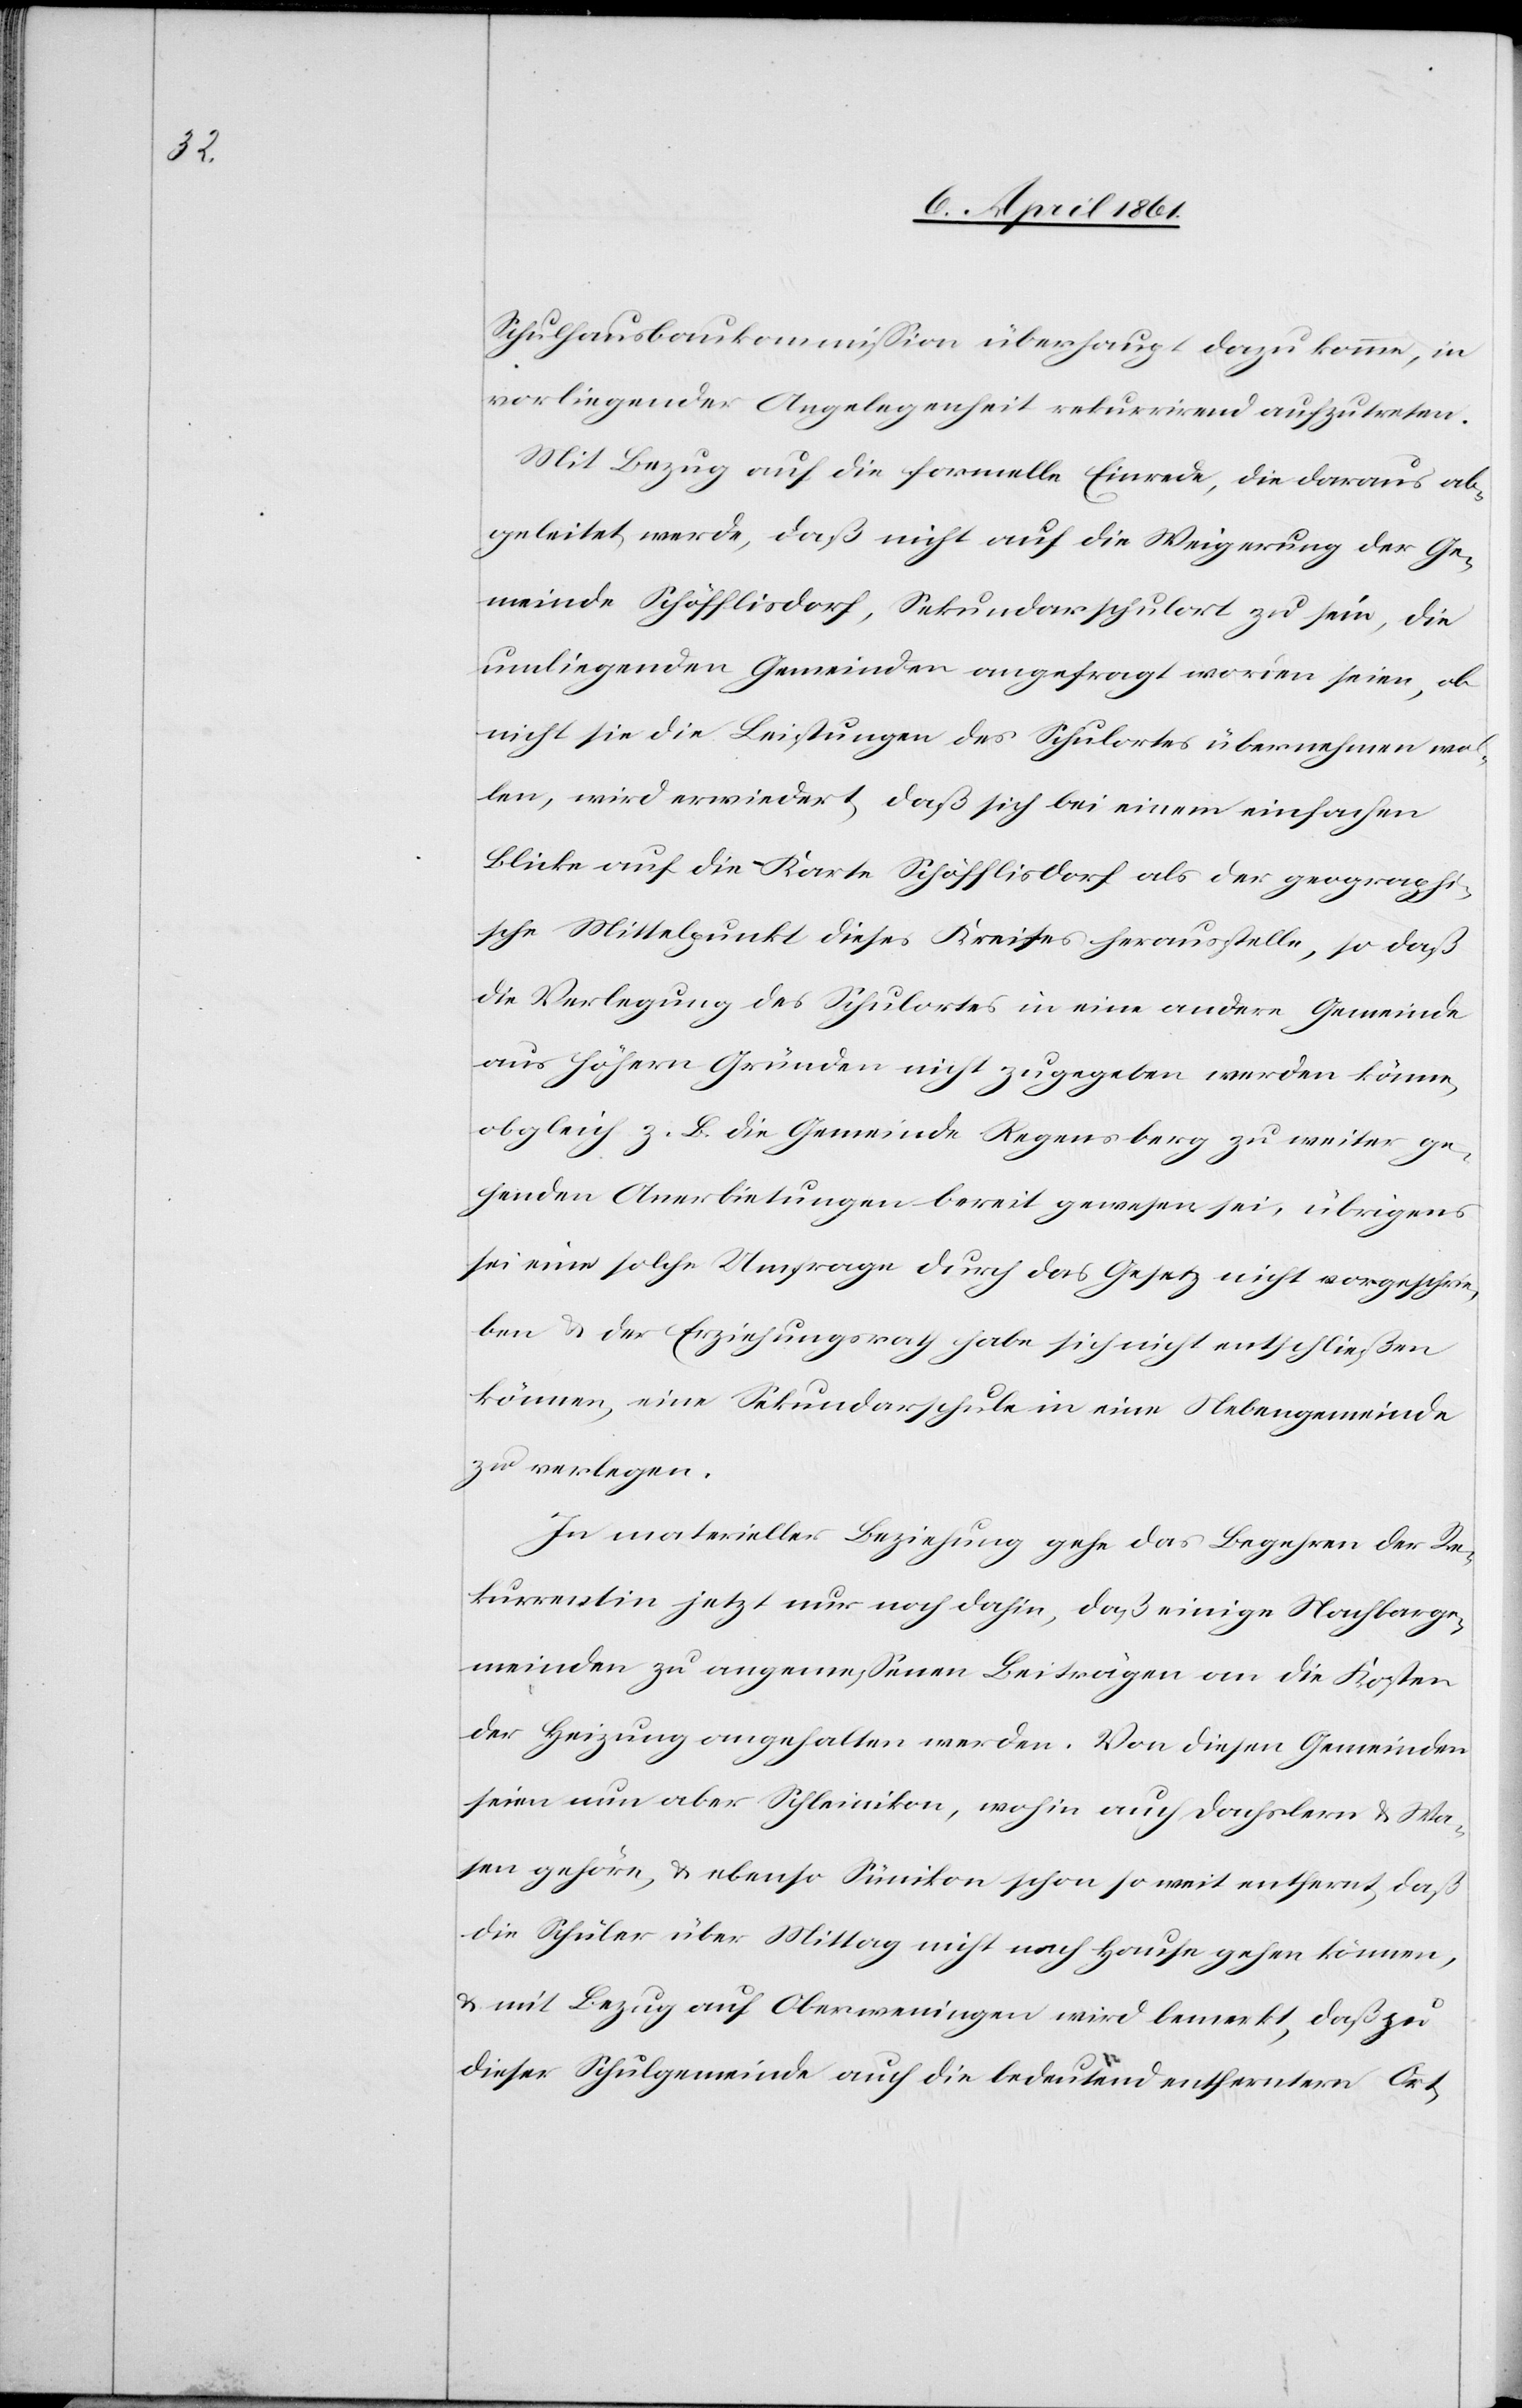
Schulhausbaukommission überhaupt dazu komme, in
vorliegender Angelegenheit rekurrirend aufzutreten.
Mit Bezug auf die formelle Einrede, die daraus ab¬
geleitet werde, daß nicht auf die Weigerung der Ge¬
meinde Schöfflisdorf, Sekundarschulort zu sein, die
umliegenden Gemeinden angefragt worden seien, ob
nicht sie die Leistungen des Schulortes übernehmen wol¬
len, wird erwiedert, daß sich bei einem einfachen
Blicke auf die Karte Schöfflisdorf als der geographi¬
sche Mittelpunkt dieses Kreises herausstelle, so daß
die Verlegung des Schulortes in eine andere Gemeinde
aus höhern Gründen nicht zugegeben werden könne,
obgleich z. B. die Gemeinde Regensberg zu weiter ge¬
henden Anerbietungen bereit gewesen sei, übrigens
sei eine solche Umfrage durch das Gesetz nicht vorgeschrie¬
ben u. der Erziehungsrath habe sich nicht entschliessen
können, eine Sekundarschule in eine Nebengemeinde
zu verlegen.
In materieller Beziehung gehe das Begehren der Re¬
kurrentin jetzt nur noch dahin, daß einige Nachbarge¬
meinden zu angemessenen Beiträgen an die Kosten
der Heizung angehalten werden. Von diesen Gemeinden
seien nun aber Schleinikon, wohin auch Dachslern u. Wa¬
sen gehöre, u. ebenso Sünikon schon so weit entfernt, daß
die Schüler über Mittag nicht nach Hause gehen können,
u. mit Bezug auf Oberweningen wird bemerkt, daß zu
dieser Schulgemeinde auch die bedeutend entferntern Ort-